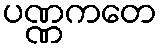
ပဏ္ဏကတေ